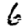
Digit: 6